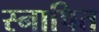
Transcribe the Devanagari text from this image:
स्नापित